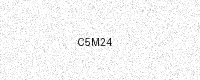
Text: C5M24